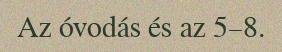
Az óvodás és az 5–8.